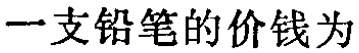
一支铅笔的价钱为